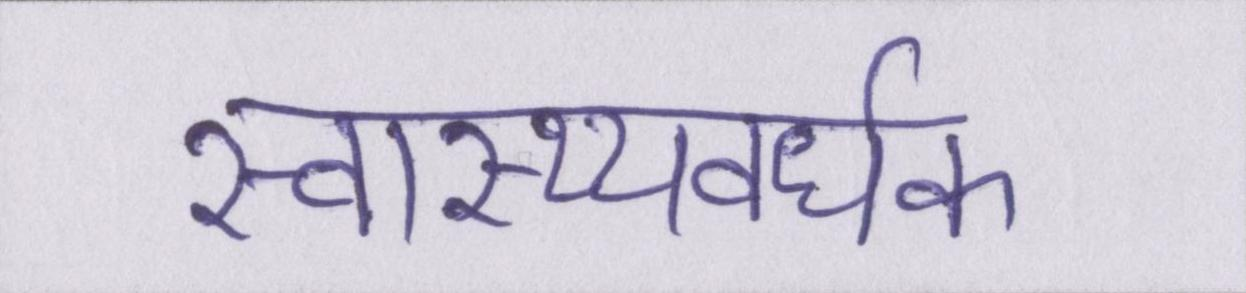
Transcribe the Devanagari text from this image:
स्वास्थ्यवर्धक